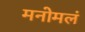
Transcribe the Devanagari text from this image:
मनोमलं